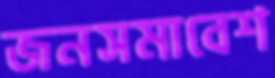
জনসমাবেশ